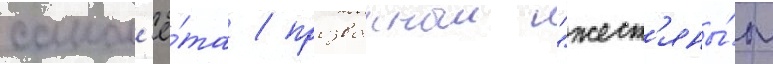
самол'ё́та / прозванныи "жест'яны́м